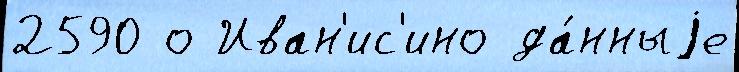
2590 о Иван'ис'ино да́нныjе